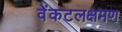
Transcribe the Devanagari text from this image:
वेंकटलक्षमण